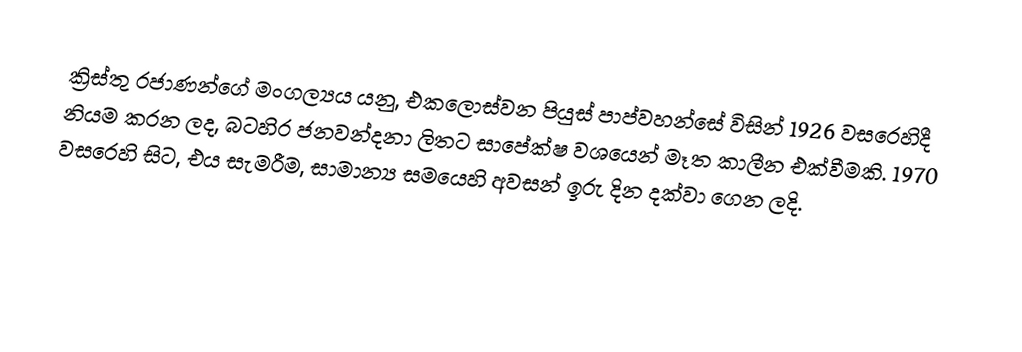
ක්‍රිස්තු රජාණන්ගේ මංගල්‍යය යනු,  එකලොස්වන පියුස් පාප්වහන්සේ විසින් 1926 වසරෙහිදී නියම කරන ලද, බටහිර ජනවන්දනා ලිතට සාපේක්ෂ වශයෙන් මෑත කාලීන එක්වීමකි. 1970 වසරෙහි සිට, එය සැමරීම, සාමාන්‍ය සමයෙහි අවසන් ඉරු දින දක්වා ගෙන ලදි.